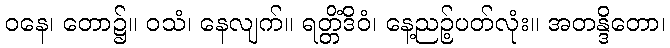
ဝနေ၊ တော၌။ ဝသံ၊ နေလျက်။ ရတ္တိံဒိဝံ၊ နေ့ညဉ့်ပတ်လုံး။ အတန္ဒိတော၊